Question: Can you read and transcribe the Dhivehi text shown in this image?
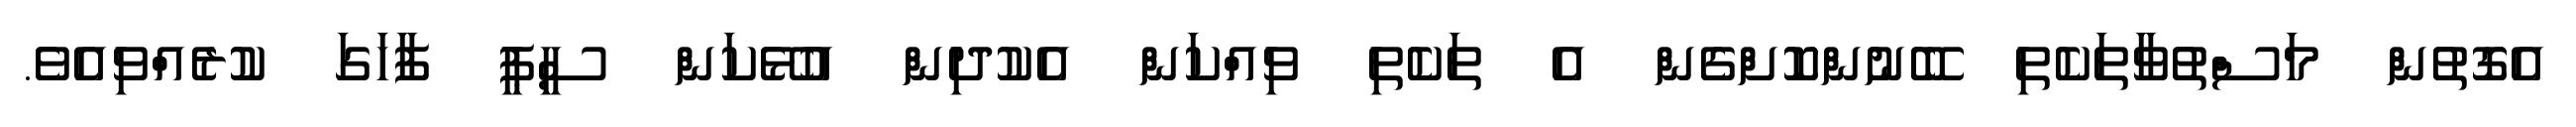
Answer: އެގޮތުން މަސްތުވާތަކެތި ބޭނުންކޮށްގެން އެ ތަކެތި ވިއްކަން އެކުދިން އުޅޭކަން ސީޕީ ފާހަގަ ކުރެއްވިއެވެ.